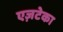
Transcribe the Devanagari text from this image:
एज़टेका